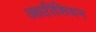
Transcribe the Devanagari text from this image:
आप्टीशियन